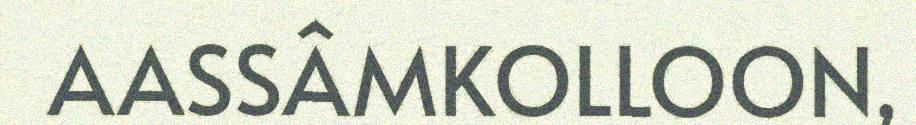
AASSÂMKOLLOON,